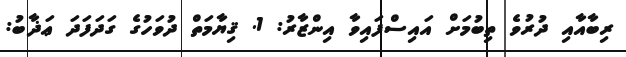
ރިބާއާއި ދުރުވެ ތިބުމަށް އައިސްފައިވާ އިންޒާރު: 1. ޤިޔާމަތް ދުވަހުގެ ގަދަފަދަ ޢަޛާބު: